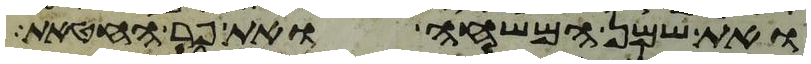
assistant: ואת שמן המשחה ואת פר החטאת